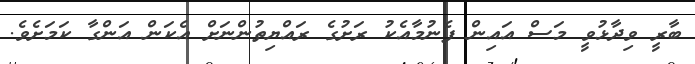
ބާރީ ވިދާޅުވީ މަސް އައިން ފެނުމާއެކު ރަށުގެ ރައްޔިތުންނަށް އެކަން އަންގާ ކަމަށެވެ.